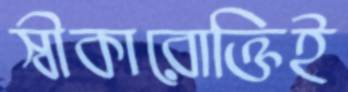
স্বীকারোক্তিই